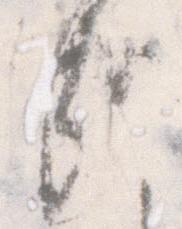
哉